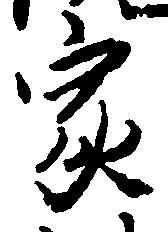
家